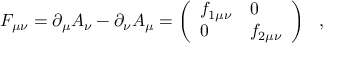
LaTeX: F _ { \mu \nu } = \partial _ { \mu } A _ { \nu } - \partial _ { \nu } A _ { \mu } = \left( \begin{array} { l l } { { f _ { 1 \mu \nu } } } & { { 0 } } \\ { { 0 } } & { { f _ { 2 \mu \nu } } } \end{array} \right) ~ ~ ,